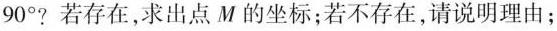
90^{\circ}?若存在，求出点M的坐标；若不存在，请说明理由；